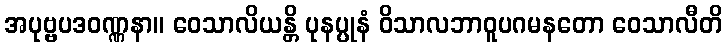
အပုဗ္ဗပဒဝဏ္ဏနာ။ ဝေသာလိယန္တိ ပုနပ္ပုနံ ဝိသာလဘာဝူပဂမနတော ဝေသာလီတိ